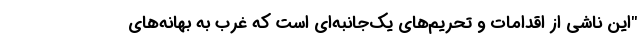
"این ناشی از اقدامات و تحریم‌های یک‌جانبه‌ای است که غرب به بهانه‌های